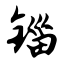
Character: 锱